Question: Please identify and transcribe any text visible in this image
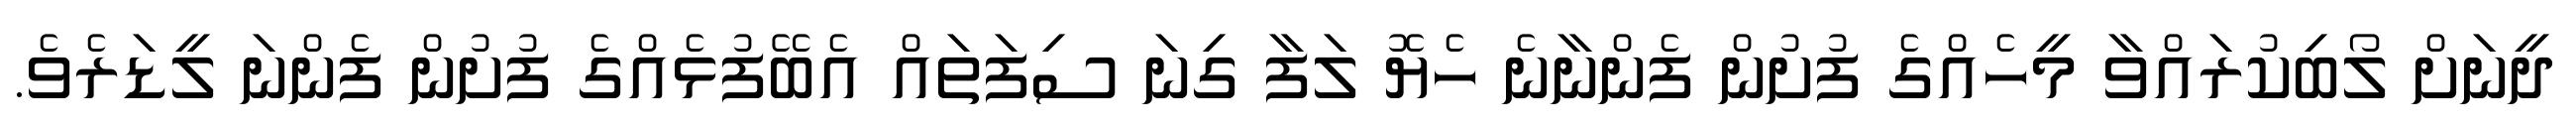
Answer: ދީނަށް ލޯބިކުރައްވާ މީހެއްގެ ފުށުން ފެންނާނެ ހެޔޮ ލަފާ ގިނަ ސިފަތައް އެބޭފުޅެއްގެ ފުށުން ފެންނަ ލީޑަރެވެ.